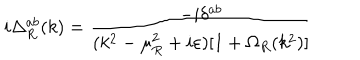
i \Delta _ { R } ^ { a b } ( k ) = \frac { - i \delta ^ { a b } } { ( k ^ { 2 } - \mu _ { R } ^ { 2 } + i \varepsilon ) [ 1 + \Omega _ { R } ( k ^ { 2 } ) ] }